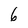
Character: 6